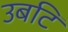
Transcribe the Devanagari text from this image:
उबटि